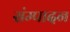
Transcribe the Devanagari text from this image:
संम्पादन